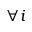
\forall i